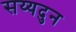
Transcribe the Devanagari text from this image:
सय्यदुन